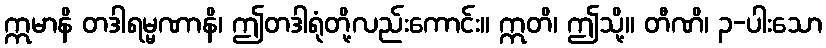
ဣမာနိ တဒါရမ္မဏာနိ၊ ဤတဒါရုံတို့လည်းကောင်း။ ဣတိ၊ ဤသို့။ တီဏိ၊ ၃-ပါးသော